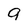
Character: 9